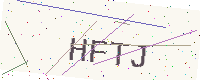
Text: HFTJ